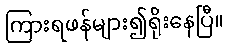
ကြားရဖန်များ၍ရိုးနေပြီ။